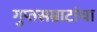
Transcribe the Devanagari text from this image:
गुप्तसम्राटांचा